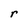
Character: r